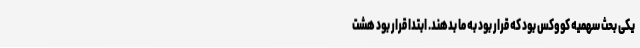
یکی بحث سهمیه کووکس بود که قرار بود به ما بدهند. ابتدا قرار بود هشت